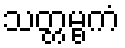
သတ္တမ္ဗကံ